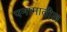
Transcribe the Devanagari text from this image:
पनामातील